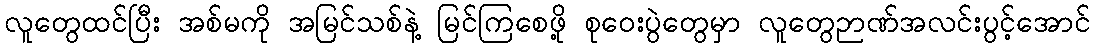
လူတွေထင်ပြီး အစ်မကို အမြင်သစ်နဲ့ မြင်ကြစေဖို့ စုဝေးပွဲတွေမှာ လူတွေဉာဏ်အလင်းပွင့်အောင်